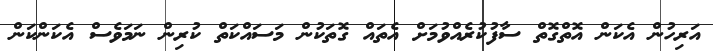
އަރިހުން އެކަން އޮތްގޮތް ސާފުކުރެއްވުމަށް އެތައް ގޮތަކުން މަސައްކަތް ކުރިން ނަމަވެސް އެކަންކަން